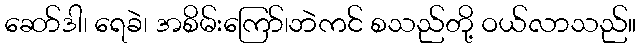
ဆော်ဒါ၊ ရေခဲ၊ အစိမ်းကြော်၊ဘဲကင် စသည်တို့ ဝယ်လာသည်။